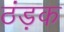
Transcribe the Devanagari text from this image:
ठंड़क